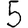
Digit: 5